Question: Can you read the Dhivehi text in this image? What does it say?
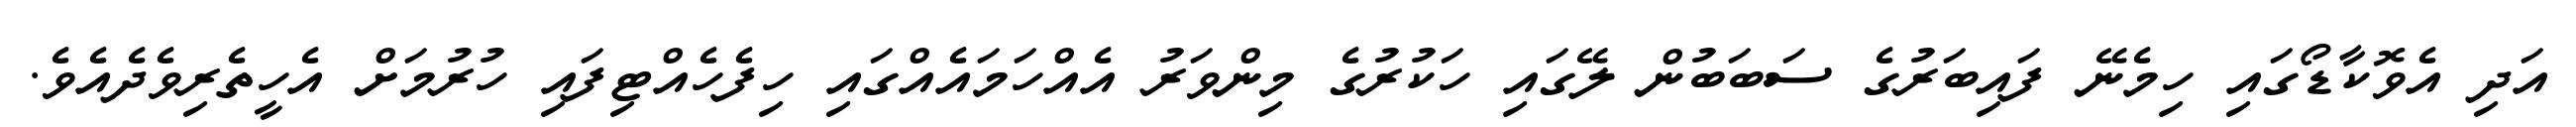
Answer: އަދި އެވޮކާޑޯގައި ހިމެނޭ ފައިބަރުގެ ސަބަބުން ލޭގައި ހަކުރުގެ މިންވަރު އެއްހަމައެއްގައި ހިފެހެއްޓިފައި ހުރުމަށް އެހީތެރިވެދެއެވެ.